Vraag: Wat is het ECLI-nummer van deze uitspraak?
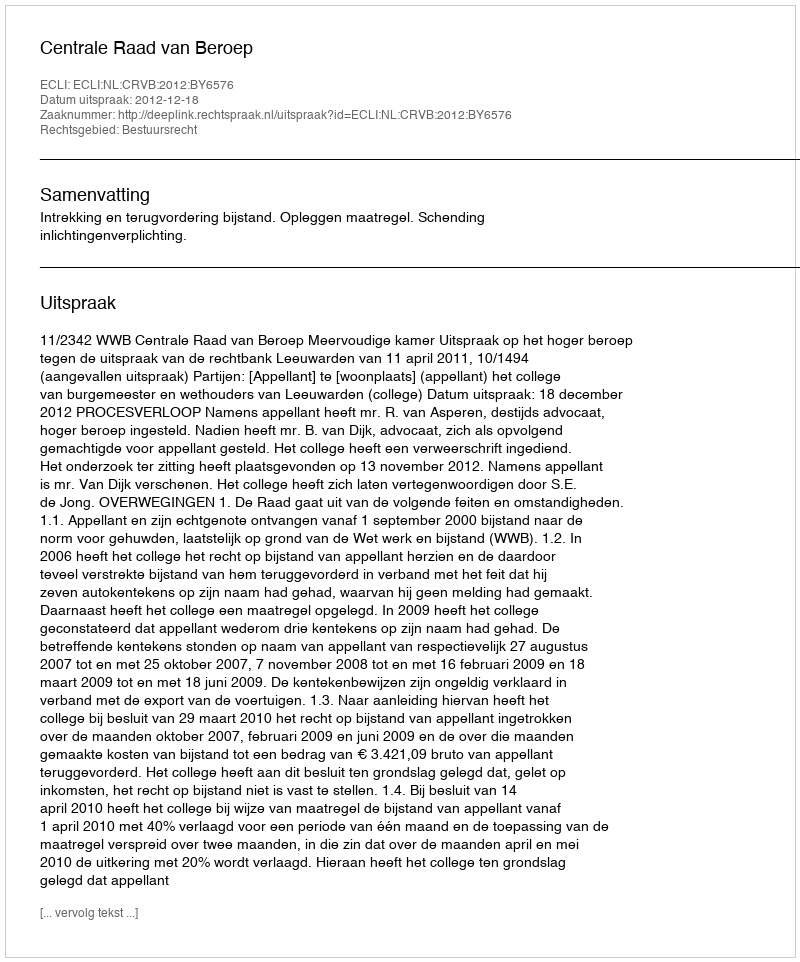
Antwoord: ECLI:NL:CRVB:2012:BY6576